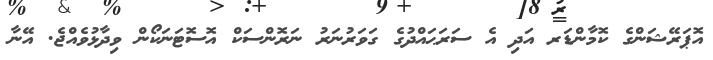
އޮޕަރޭޝަންގެ ކޮމާންޑަރ އަދި އެ ސަރަޙައްދުގެ ގަވަރުނަރު ނަރޮންސަކް އޮސޮޓަނަކޯން ވިދާޅުވެއްޖެ. އޭނާ